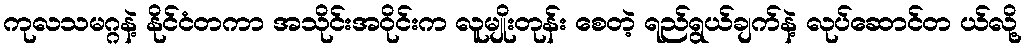
ကုလသမဂ္ဂနဲ့ နိုင်ငံတကာ အသိုင်းအဝိုင်းက လူမျိုးတုန်း စေတဲ့ ရည်ရွယ်ချက်နဲ့ လုပ်ဆောင်တ ယ်လို့